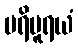
ပရိပူရယံ